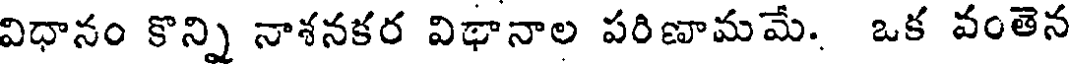
విధానం కొన్ని నాశనకర విథానాల పరిణామమే. ఒక వంతెన